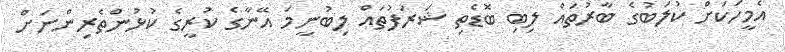
އެމީހަކަށް ކުލަބުގެ ބާރުތައް ލިބި ބޮޑެތި ޝަރަފުތައް ލިބުނީމަ އޭނާގެ ކުރީގެ ކުޅުންތެރިންނަށް